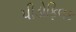
પીડોફિલક